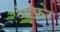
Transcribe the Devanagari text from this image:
आफ़ेर